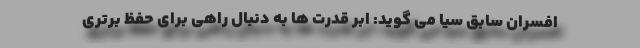
افسران سابق سیا می گوید: ابر قدرت ها به دنبال راهی برای حفظ برتری